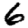
Digit: 6